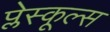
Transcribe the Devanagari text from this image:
प्लेस्कूल्स